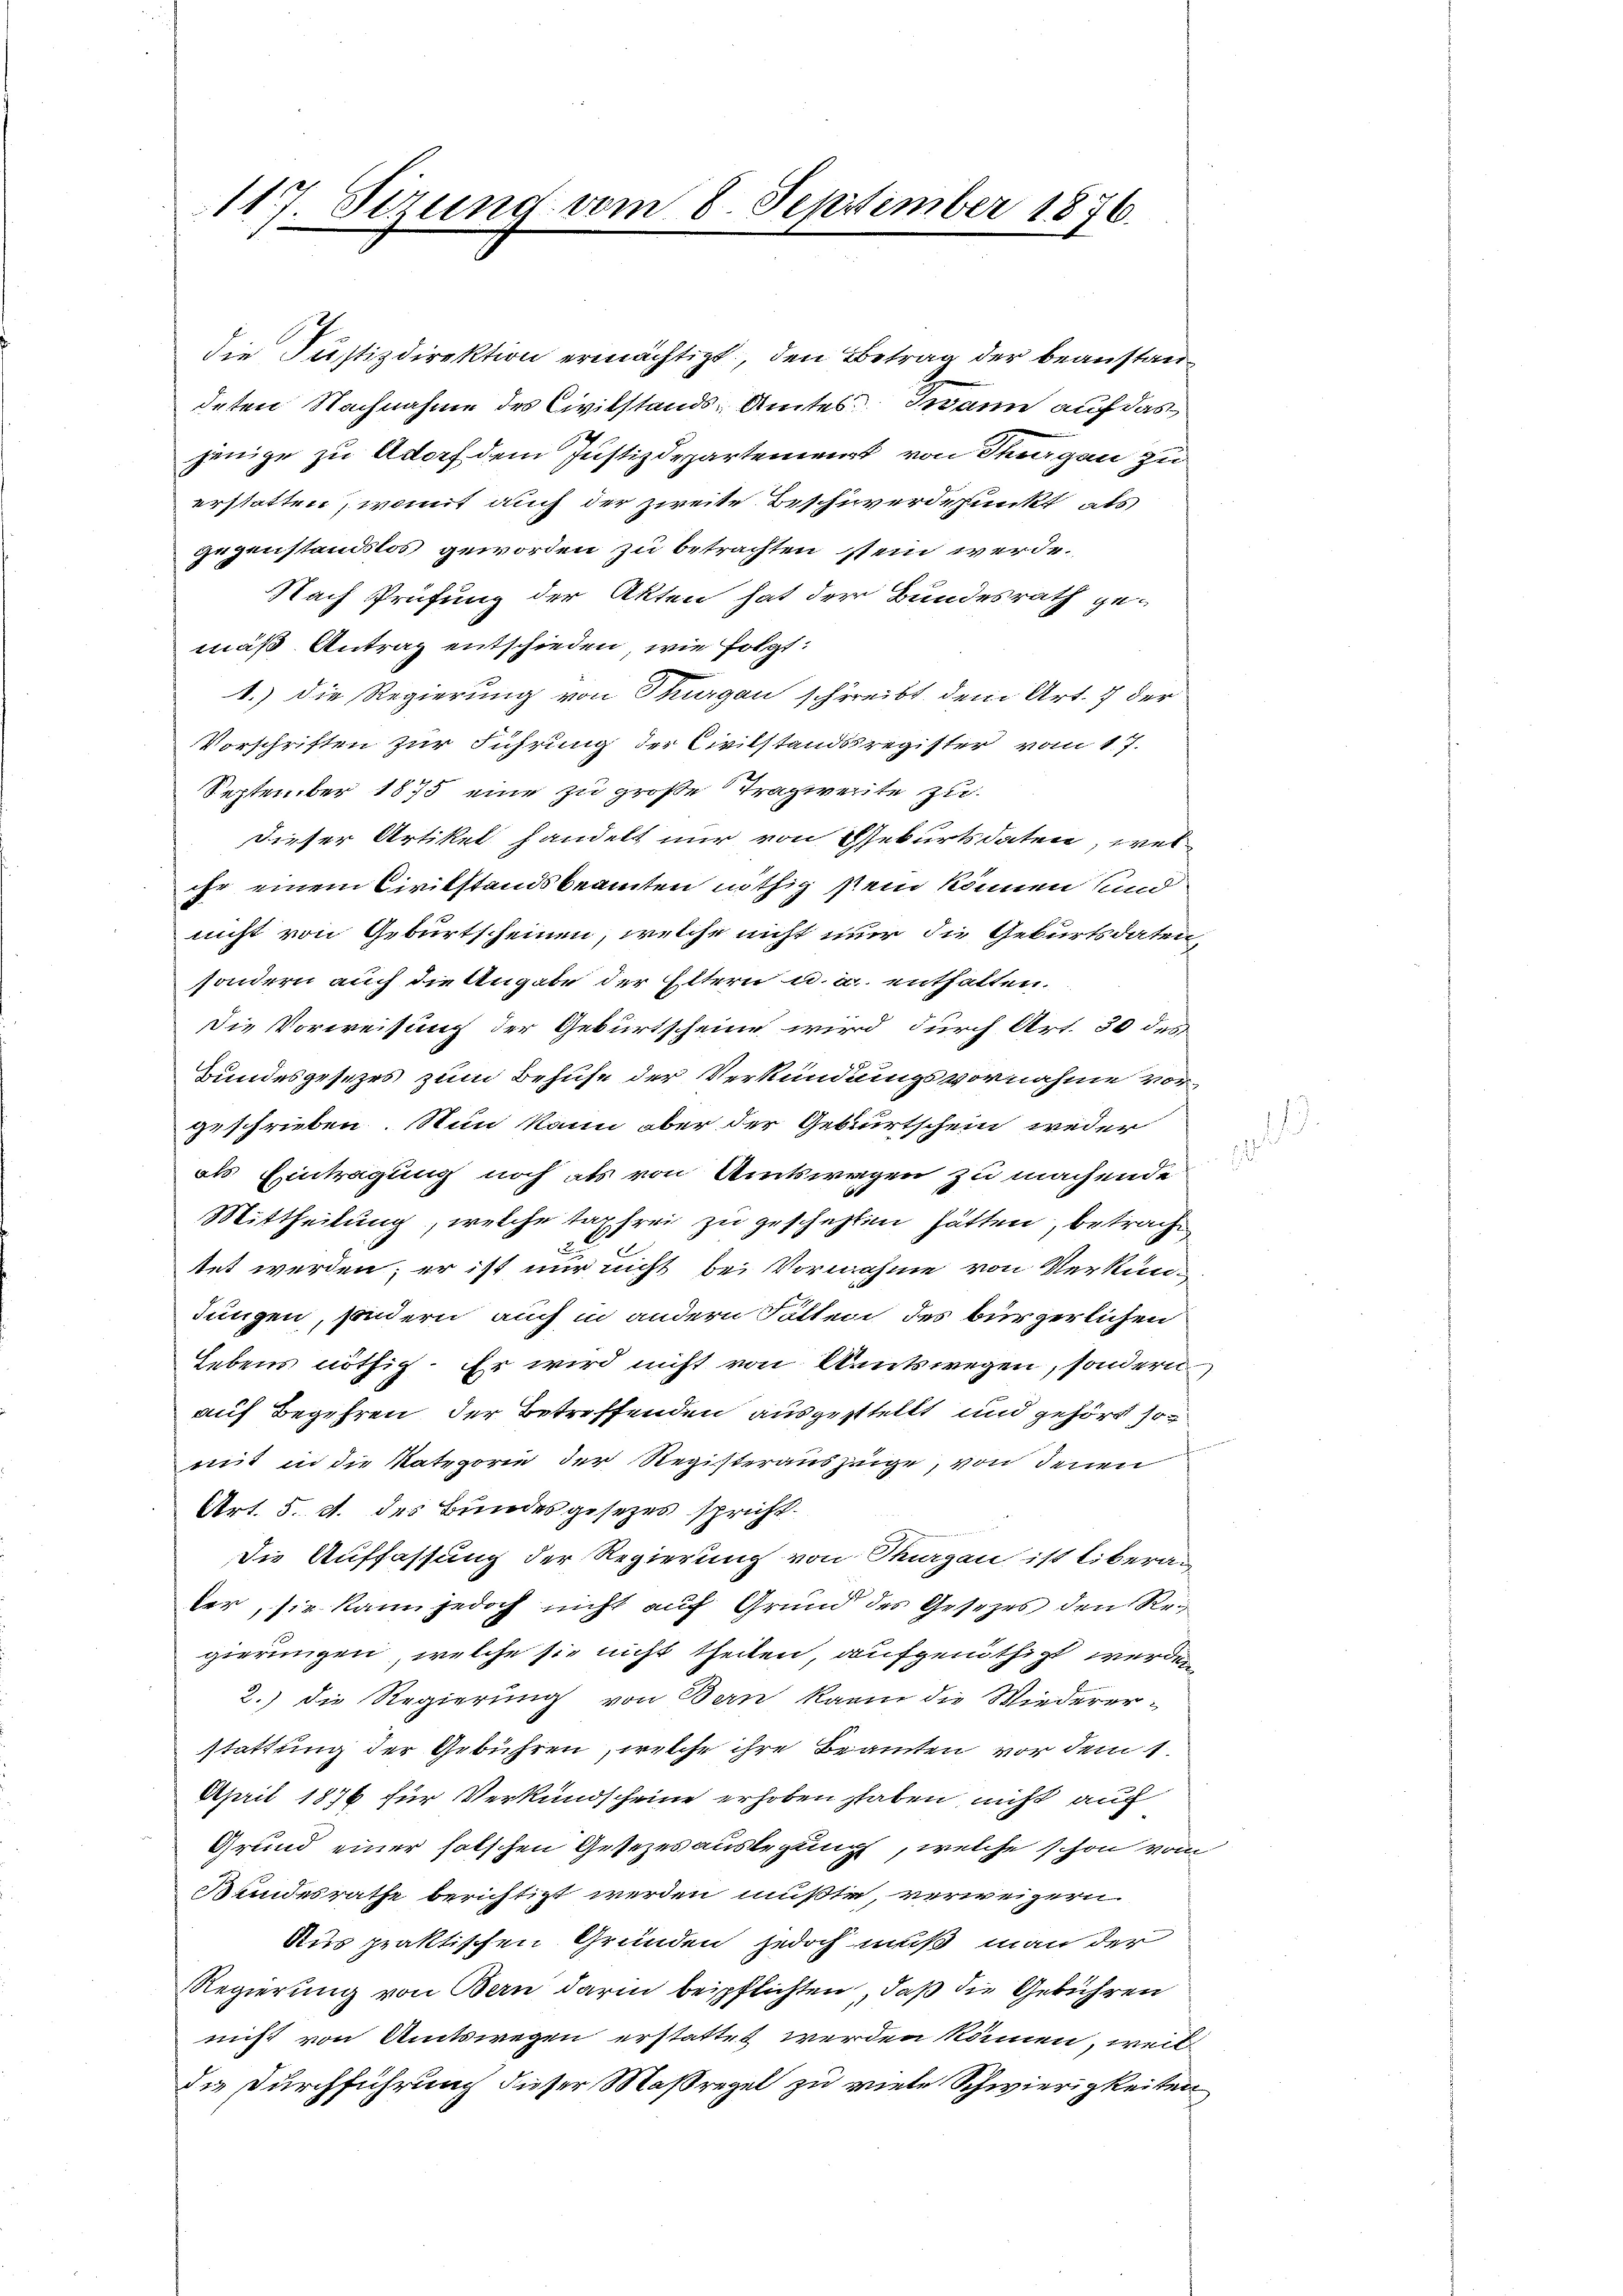
117. Sizung vom 8. September 1876.

die Justizdirektion ermächtigt, den Betrag der beanstandeten Nachnahme des Civilstands-Amtes wann auf das
jenige zu Adorf dem Justizdepartement von Senigen zu
erstatten, womit auch der zweite Beschwerdepunkt als
gegenstandslos geworden zu betrachten stein werde.
Nach Prüfung der Akten hat der Bundesrath ge-
mäß Antrag entschieden, wie folgt:
1.) Die Regierung von Thurgau schreibt, dem Art. 7 der
Vorschriften zur Führung der Civilstandsregister vom 17.
September 1875 eine zu große Tragweite zu
dieser Artiket handelt nur von Geburtsdaten, wel
ihr einem Civilstandsbeamten nöthig sein können und
nicht von Geburtscheinen, welche nicht nur die Geburtsdaten,
sondern auch die Angabe der Eltern u. a. enthalten.
Die Vorweisung der Geburtscheine wird durch Art. 30 des
Bundesgesezes zum Behufe der Verkündungsvornahme vorgeschrieben. Nun kann aber der Geburtschein weder
als Eintragung noch als von Amtswegen zu machende
Mittheilung, welche tartrei zu geschehen hätten, betrach
1
tet werden; er ist nur nicht bei Vornahme von Verkun-
Jungen, sondern auch in andern Fällen des bürgerlichen
Lebens nöthig. Er wird nicht von Amtswegen, sondern,
auf Begehren, der Betreffenden ausgestellt und gehört so
mit in die Kategorie der Registerauszeige, von Jenen
Art. 5. d. des Bundesgesezes spricht.
Die Auffassung der Regierung von Margau ist libera-
ter, sie kann jedoch nicht auf Grund des Gesetzes den Regierungen, welche sie nicht theilen, aufgenöthigt werden
2.) Die Regierung von Bern kann die Wiedererstattung der Gebühren, welche ihre Beamten vor dem 1.
April 1876 für Verkundscheine erhoben haben nicht auf
Grund einer falschen Gesezesauslegung, welche schon vom
Bundesrathe berichtigt werden mußte, verweigern.
Aus praktischen Gründen jedoch muß man der
Regierung von Bern darin beipflichten, daß die Gebühren
nicht von Amtswegen erstattet werden können, weil
das Durchführung dieser Maßregel zu viele Schwierigkeiten